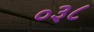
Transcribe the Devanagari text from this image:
०३८